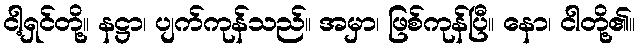
ငါ့ရှင်တို့။ နဋ္ဌာ၊ ပျက်ကုန်သည်။ အမှာ၊ ဖြစ်ကုန်ပြီ။ နော၊ ငါတို့၏။